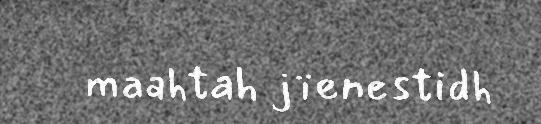
maahtah jïenestidh